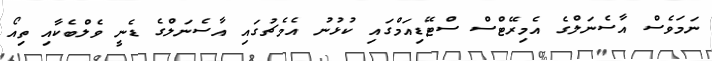
ނަމަވެސް އާސެނަލްގެ އެމިރޭޓްސް ސްޓޭޑިއަމްގައި ކުޅުނު އެމެޗުގައި އާސެނަލްގެ ޑެނީ ވެލްބެކާއި ތިއޯ